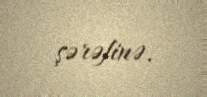
şərəfinə.